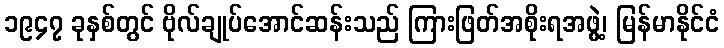
၁၉၄၇ ခုနှစ်တွင် ဗိုလ်ချုပ်အောင်ဆန်းသည် ကြားဖြတ်အစိုးရအဖွဲ့၊ မြန်မာနိုင်ငံ